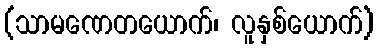
(သာမဏေတယောက်၊ လူနှစ်ယောက်)